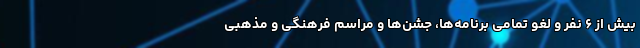
بیش از ۶ نفر و لغو تمامی برنامه‌ها، جشن‌ها و مراسم فرهنگی و مذهبی